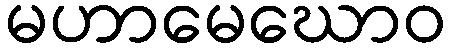
မဟာမေဃောဝ